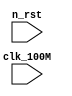
module DataSyncLib(input clk_100M,input n_rst);



endmodule